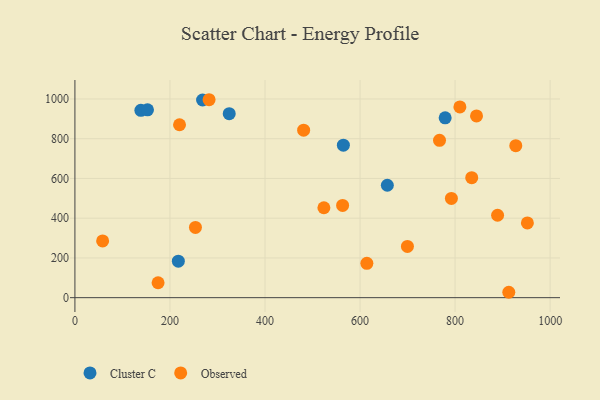
{"axis": {"x": "Investment", "y": "Yield"}, "legend": ["Cluster C", "Observed"], "data": [{"x": "564.9", "y": 767.6, "type": "Cluster C"}, {"x": "657.4", "y": 565.7, "type": "Cluster C"}, {"x": "779.1", "y": 905.0, "type": "Cluster C"}, {"x": "324.7", "y": 926.1, "type": "Cluster C"}, {"x": "217.6", "y": 183.4, "type": "Cluster C"}, {"x": "138.8", "y": 943.0, "type": "Cluster C"}, {"x": "152.7", "y": 945.7, "type": "Cluster C"}, {"x": "268.6", "y": 995.0, "type": "Cluster C"}, {"x": "58.3", "y": 285.7, "type": "Observed"}, {"x": "253.6", "y": 353.5, "type": "Observed"}, {"x": "699.7", "y": 257.9, "type": "Observed"}, {"x": "810.1", "y": 959.9, "type": "Observed"}, {"x": "913.0", "y": 27.1, "type": "Observed"}, {"x": "889.4", "y": 414.8, "type": "Observed"}, {"x": "563.3", "y": 464.1, "type": "Observed"}, {"x": "792.2", "y": 499.3, "type": "Observed"}, {"x": "220.1", "y": 870.4, "type": "Observed"}, {"x": "282.3", "y": 996.3, "type": "Observed"}, {"x": "835.0", "y": 604.1, "type": "Observed"}, {"x": "175.0", "y": 75.1, "type": "Observed"}, {"x": "845.1", "y": 915.0, "type": "Observed"}, {"x": "481.3", "y": 842.9, "type": "Observed"}, {"x": "523.9", "y": 452.5, "type": "Observed"}, {"x": "767.2", "y": 792.0, "type": "Observed"}, {"x": "952.1", "y": 376.1, "type": "Observed"}, {"x": "927.7", "y": 764.8, "type": "Observed"}, {"x": "614.3", "y": 172.8, "type": "Observed"}]}